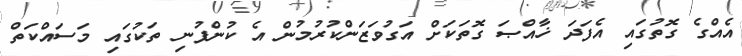
އެއްގެ ގޮތުގައި އެފަދަ ޚާއްޞަ ގޮތަކަށް އަގުވަޒަންކުރުމުން އެ ކުންފުނި ތަކުގައި މަސައްކަތް